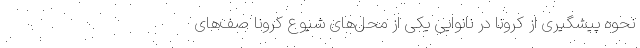
نحوه پیشگیری از کرونا در نانوایی یکی از محل‌های شیوع کرونا صف‌های